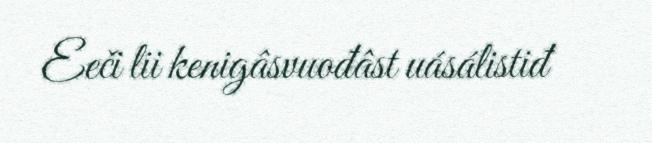
Eeči lii kenigâsvuođâst uásálistiđ